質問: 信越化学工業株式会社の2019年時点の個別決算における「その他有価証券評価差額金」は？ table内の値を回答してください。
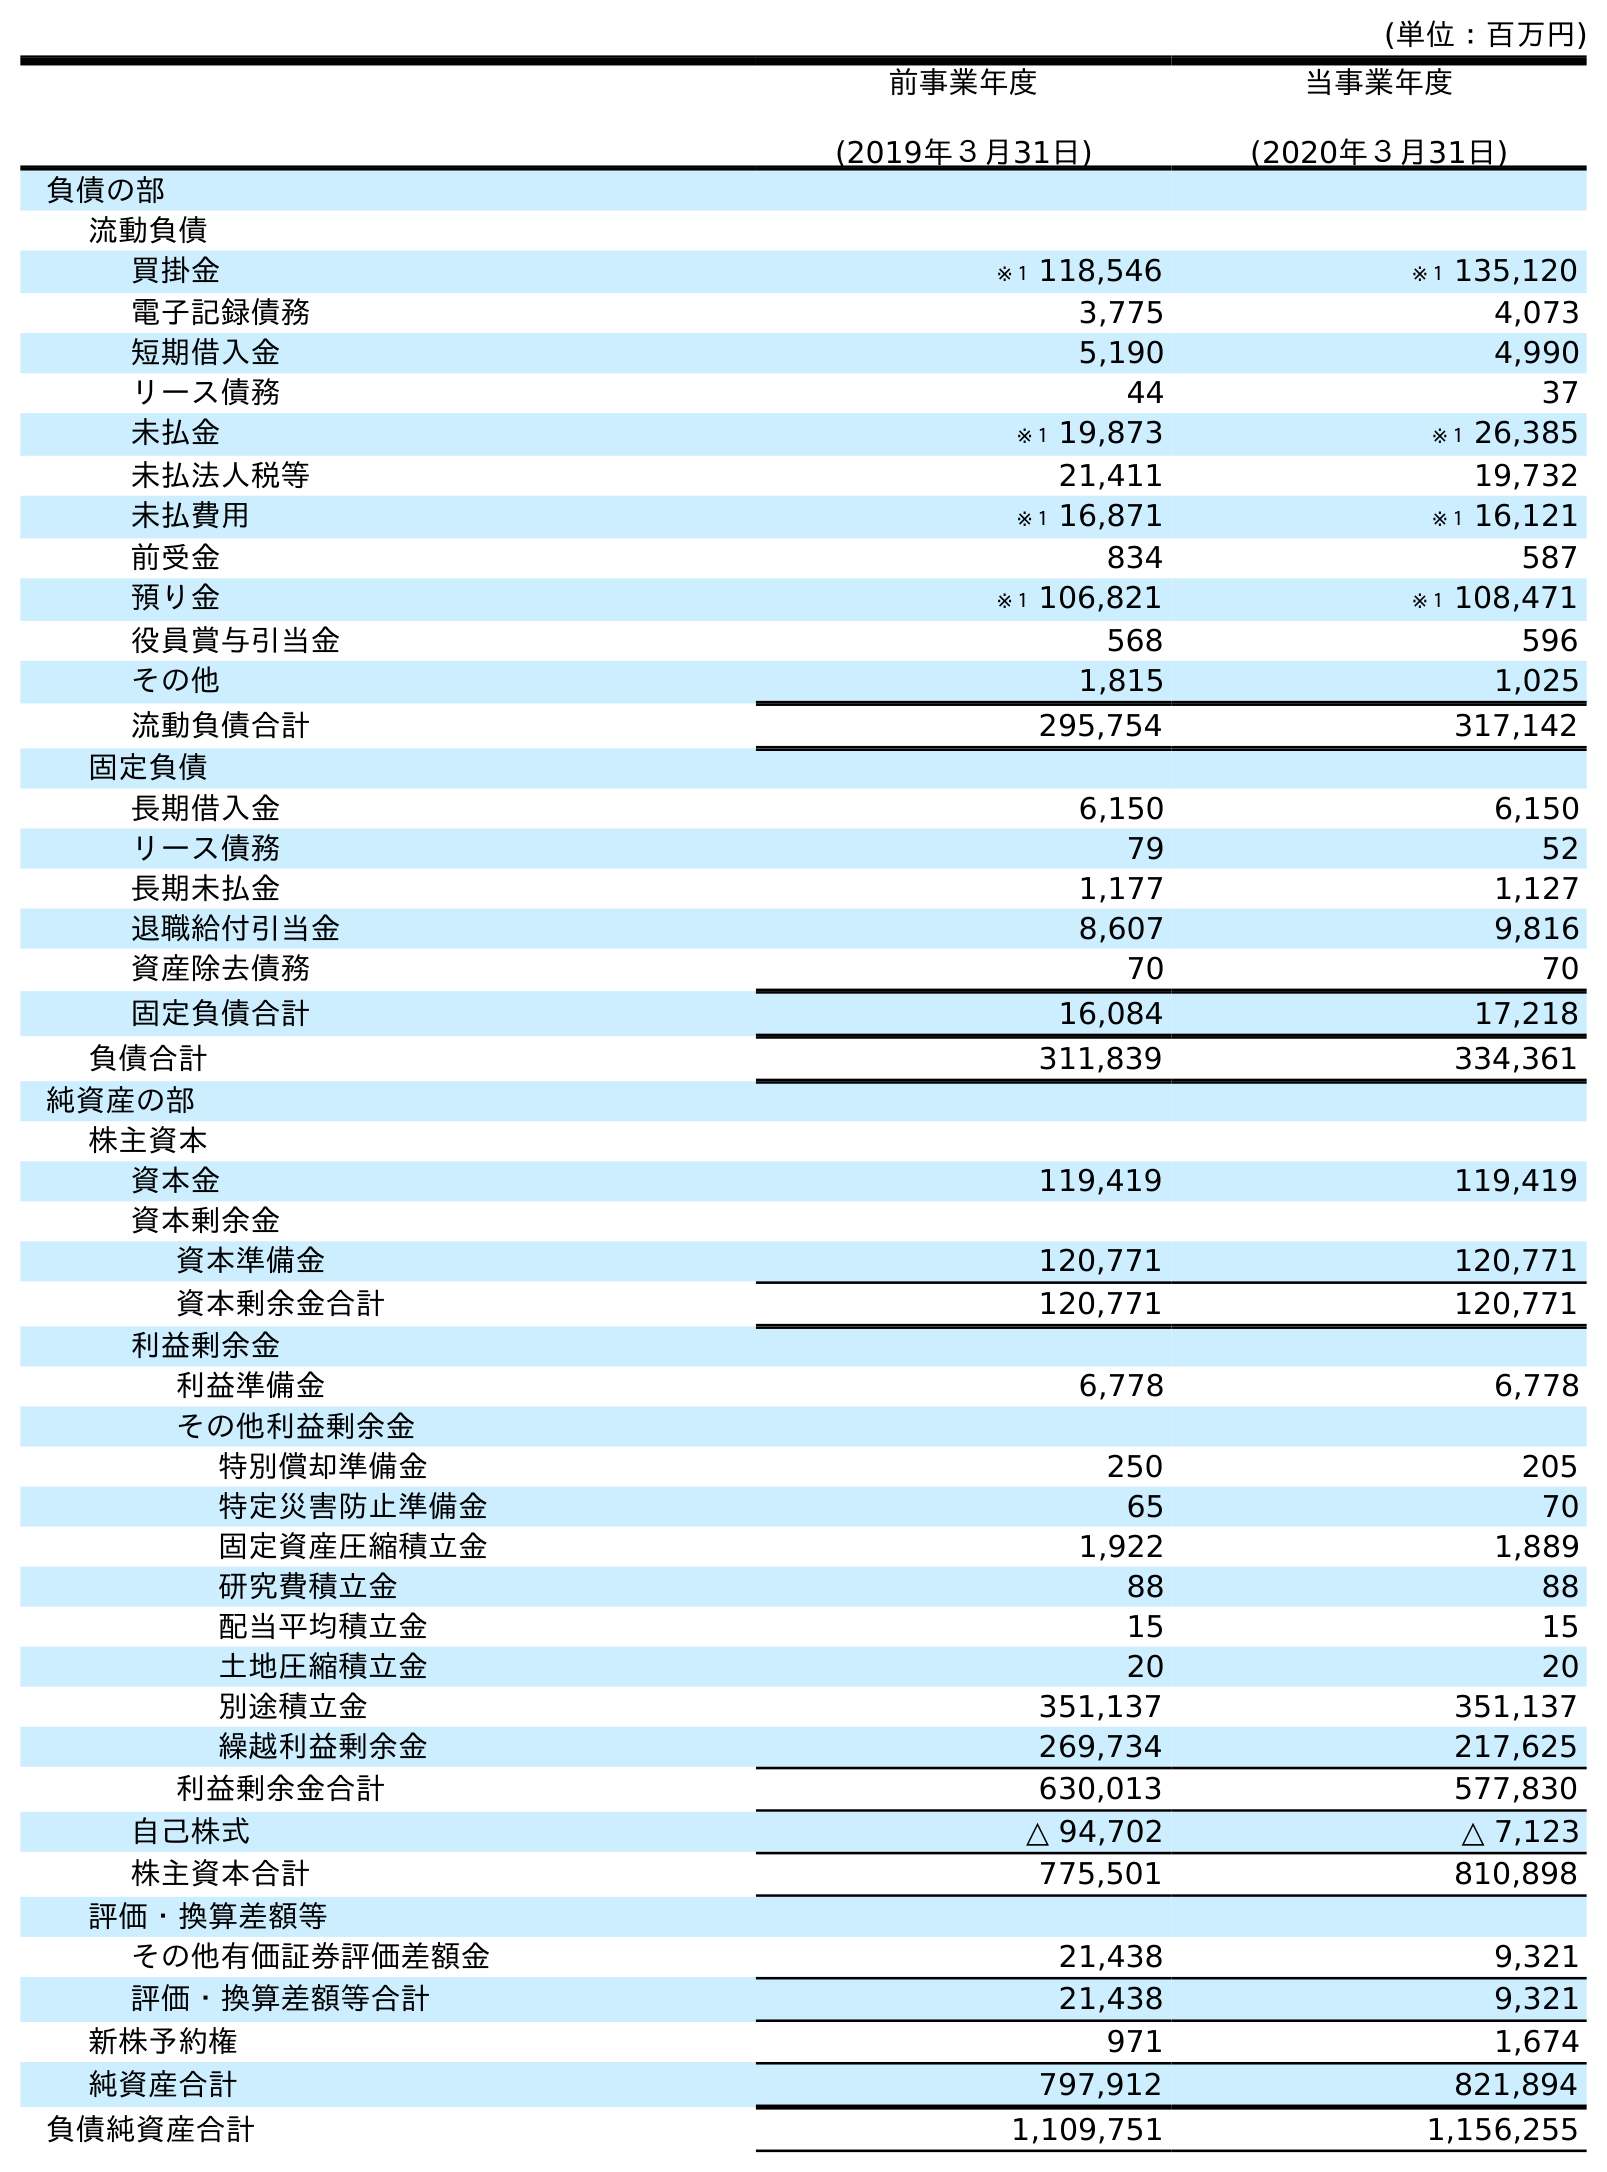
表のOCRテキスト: (単位：百万円) 前事業年度 (2019年３月31日) 当事業年度 (2020年３月31日) 負債の部 流動負債 買掛金 ※１ 118,546 ※１ 135,120 電子記録債務 3,775 4,073 短期借入金 5,190 4,990 リース債務 44 37 未払金 ※１ 19,873 ※１ 26,385 未払法人税等 21,411 19,732 未払費用 ※１ 16,871 ※１ 16,121 前受金 834 587 預り金 ※１ 106,821 ※１ 108,471 役員賞与引当金 568 596 その他 1,815 1,025 流動負債合計 295,754 317,142 固定負債 長期借入金 6,150 6,150 リース債務 79 52 長期未払金 1,177 1,127 退職給付引当金 8,607 9,816 資産除去債務 70 70 固定負債合計 16,084 17,218 負債合計 311,839 334,361 純資産の部 株主資本 資本金 119,419 119,419 資本剰余金 資本準備金 120,771 120,771 資本剰余金合計 120,771 120,771 利益剰余金 利益準備金 6,778 6,778 その他利益剰余金 特別償却準備金 250 205 特定災害防止準備金 65 70 固定資産圧縮積立金 1,922 1,889 研究費積立金 88 88 配当平均積立金 15 15 土地圧縮積立金 20 20 別途積立金 351,137 351,137 繰越利益剰余金 269,734 217,625 利益剰余金合計 630,013 577,830 自己株式 △ 94,702 △ 7,123 株主資本合計 775,501 810,898 評価・換算差額等 その他有価証券評価差額金 21,438 9,321 評価・換算差額等合計 21,438 9,321 新株予約権 971 1,674 純資産合計 797,912 821,894 負債純資産合計 1,109,751 1,156,255
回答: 21,438